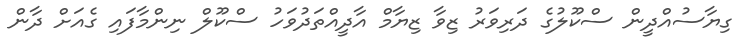
ގިޔާސުއްދީން ސްކޫލުގެ ދަރިވަރު ޒިވާ ޒިޔާމް އާދީއްތަދުވަހު ސްކޫލް ނިންމާފައި ގެއަށް ދާން